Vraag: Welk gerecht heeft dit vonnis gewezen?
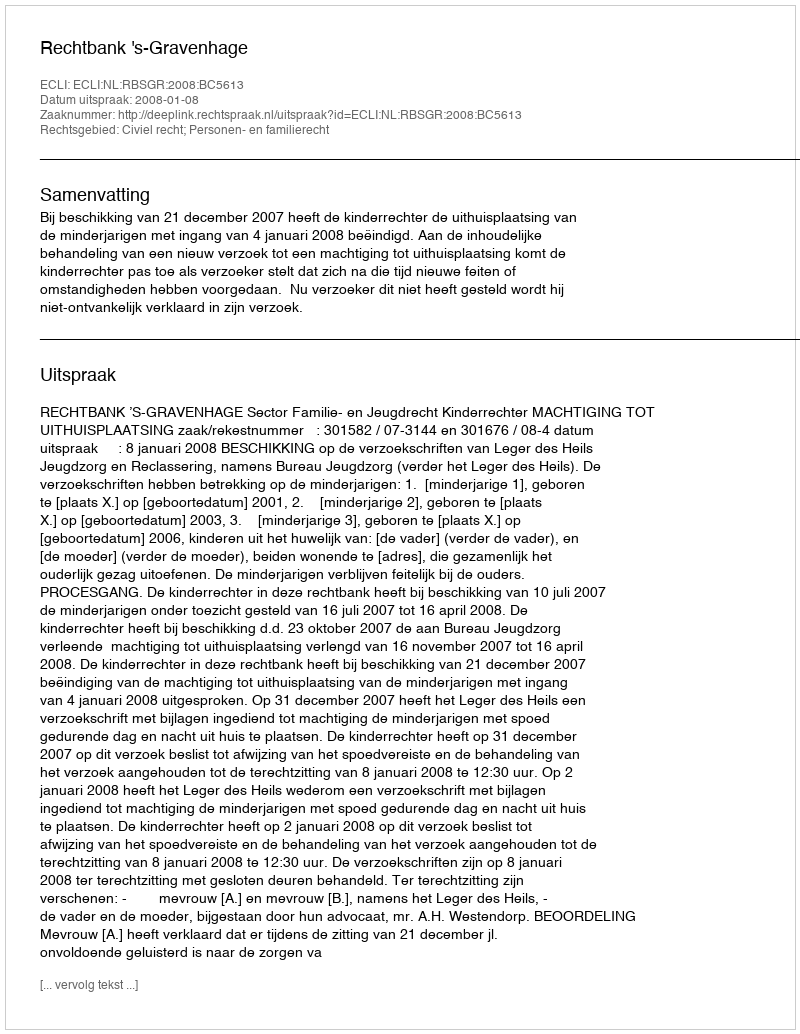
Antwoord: Rechtbank 's-Gravenhage